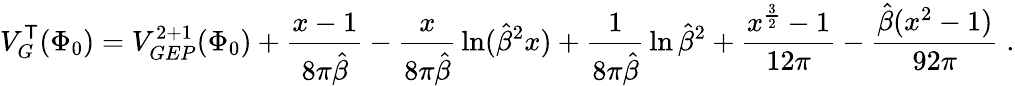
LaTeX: V_{G}^{\mathsf{T}}(\Phi_{0})=V_{GEP}^{2+1}(\Phi_{0})+\frac{{x-1}}{{8\pi\hat{{\beta}}}}-{\frac{{x}}{{8\pi\hat{{\beta}}}}}\ln({\hat{{\beta}}}^{2}x)+{\frac{{1}}{{8\pi\hat{{\beta}}}}}\ln{\hat{{\beta}}}^{2}+\frac{{x^{\frac{{3}}{{2}}}-1}}{{12\pi}}-\frac{{\hat{{\beta}}(x^{2}-1)}}{{92\pi}}\; .